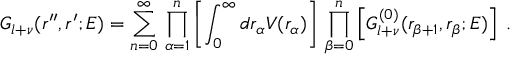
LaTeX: G _ { l + \nu } ( r ^ { \prime \prime } , r ^ { \prime } ; E ) = \sum _ { n = 0 } ^ { \infty } \, \prod _ { \alpha = 1 } ^ { n } \left[ \int _ { 0 } ^ { \infty } d r _ { \alpha } V ( r _ { \alpha } ) \right] \, \prod _ { \beta = 0 } ^ { n } \left[ G _ { l + \nu } ^ { ( 0 ) } ( r _ { \beta + 1 } , r _ { \beta } ; E ) \right] \; .